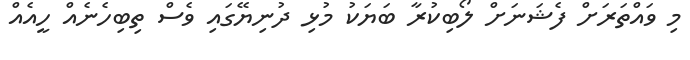
މި ވައްތަރަށް ފެޝަނަށް ލޯބިކުރާ ބަޔަކު މުޅި ދުނިޔޭގައި ވެސް ތިބިހެނެއް ހީއެއް